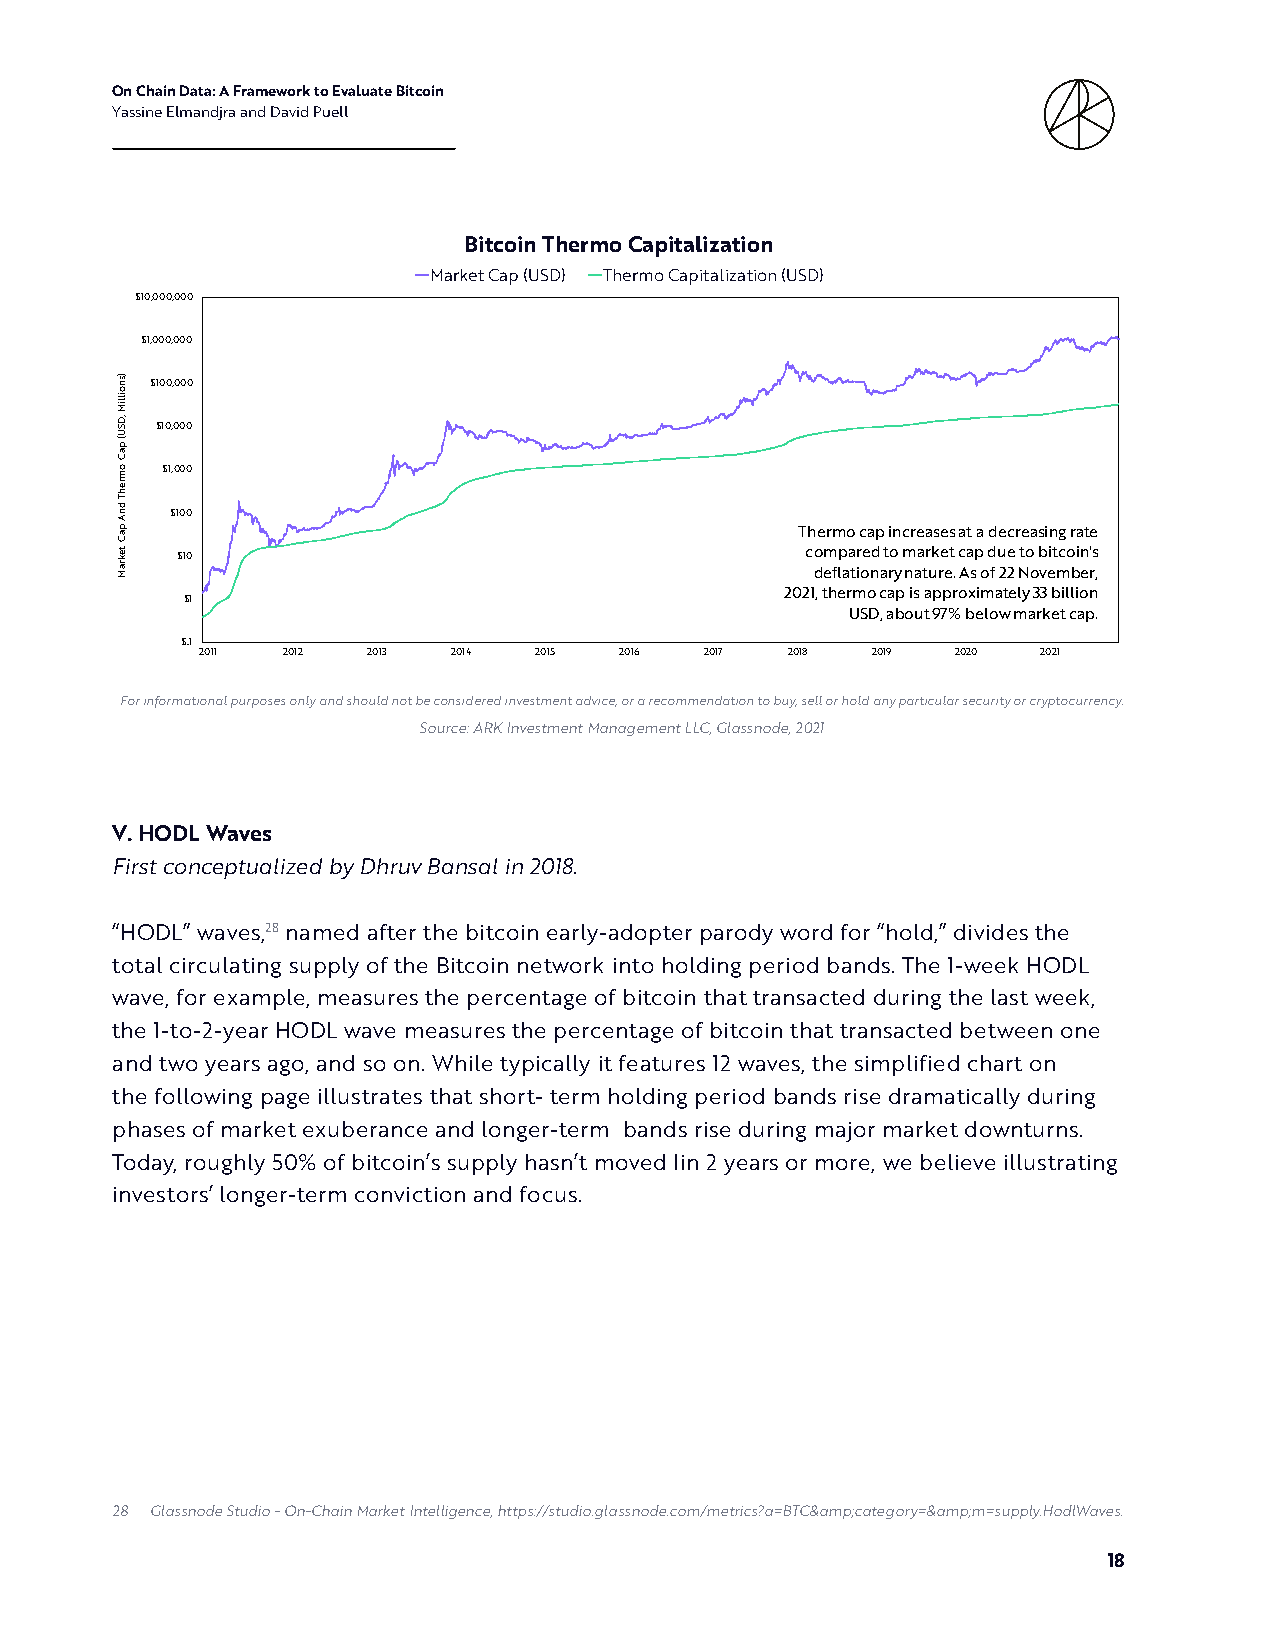
On Chain Data: A Framework to Evaluate Bitcoin
 Yassine Elmandjra and David Puell
 Bitcoin Thermo Capitalization
 Market Cap (USD) Thermo Capitalization (USD)
 $10,000,000
 $1,000,000
 $100,000
 $10,000
 $1,000
 $100
 Thermo cap increases at a decreasing rate
 $10                                      compared to market cap due to bitcoin's
 deflationary nature. As of 22 November,
 2021, thermo cap is approximately 33 billion
 $1
 USD, about 97% below market cap.
 $.1
 2011  2012 2013  2014 2015  2016  2017 2018  2019 2020  2021
 For informational purposes only and should not be considered investment advice, or a recommendation to buy, sell or hold any particular security or cryptocurrency.
 Source: ARK Investment Management LLC, Glassnode, 2021
 V. HODL Waves
 First conceptualized by Dhruv Bansal in 2018.
 “HODL” waves,28 named after the bitcoin early-adopter parody word for “hold,” divides the
 total circulating supply of the Bitcoin network into holding period bands. The 1-week HODL
 wave, for example, measures the percentage of bitcoin that transacted during the last week,
 the 1-to-2-year HODL wave measures the percentage of bitcoin that transacted between one
 and two years ago, and so on. While typically it features 12 waves, the simplified chart on
 the following page illustrates that short- term holding period bands rise dramatically during
 phases of market exuberance and longer-term bands rise during major market downturns.
 Today, roughly 50% of bitcoin’s supply hasn’t moved Iin 2 years or more, we believe illustrating
 investors’ longer-term conviction and focus.
 28 Glassnode Studio - On-Chain Market Intelligence, https://studio.glassnode.com/metrics?a=BTC&amp;category=&amp;m=supply.HodlWaves.
 18
 )snoilliM
 ,DSU(
 paC
 omrehT
 dnA
 paC
 tekraM